Document type: Sale
Year: 1499
Scribe: Joan Martínez de Sòria
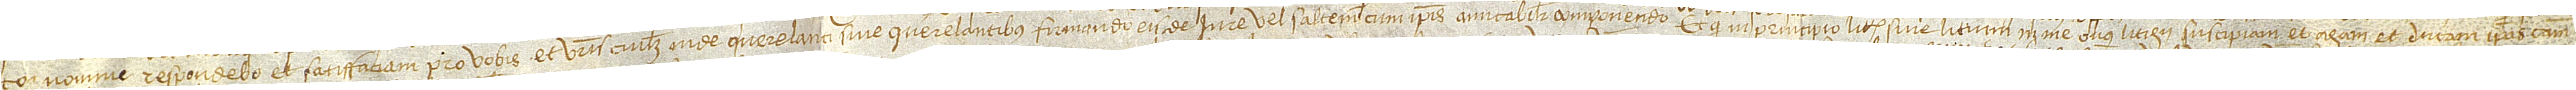
to nomine respondebo et satisfaciam pro vobis et vestris cuilibet inde queralanti sive querelantibus, firmando eis de iure vel saltem, cum ipsis amicabiliter componendo; et quod in principio littis sive litum in me onus litigii suscipiam et agam et ducam ipsas causam